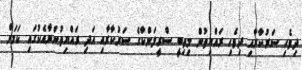
ދިވެހި ސަރުކާރާއި ދިވެހި ރައްޔިތުން މިތިބީ ސްރީލަންކާގެ ސަރުކާރާއި އަދި ރައްޔިތުންނާއެކުގައި ކަމަށް